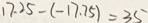
1 7 . 2 5 - ( - 1 7 . 2 5 ) = 3 5